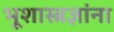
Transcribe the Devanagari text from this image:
भूशास्त्रज्ञांना